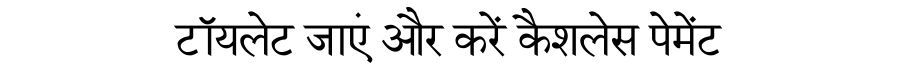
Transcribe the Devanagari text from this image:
टॉयलेट जाएं और करें कैशलेस पेमेंट